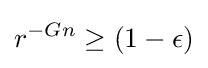
r^{-Gn}\geq (1-\epsilon )